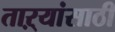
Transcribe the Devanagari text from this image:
ताऱ्यांसाठी